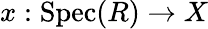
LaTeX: x:{\mathrm{Spec}}(R)\to X